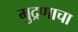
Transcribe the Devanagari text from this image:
मुद्रणाचा